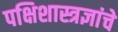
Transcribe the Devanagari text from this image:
पक्षिशास्त्रज्ञांचे